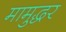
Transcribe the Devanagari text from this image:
मामुद्धर